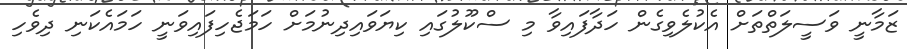
ޒަަމާނީ ވަސީލަތްތަށް އެކުލެވިގެން ހަދާފައިވާ މި ސްކޫލުގައި ކިޔަވައިދިނުމަށް ހަމަޖެހިފައިވަނީ ހަމައެކަނި ދިވެހި